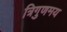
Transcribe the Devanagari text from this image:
त्रिगुणमय